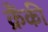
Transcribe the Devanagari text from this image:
क्रैंकी